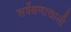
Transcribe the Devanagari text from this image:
सर्वेक्षणाखाली